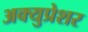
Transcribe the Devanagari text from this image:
अक्युप्रेशर